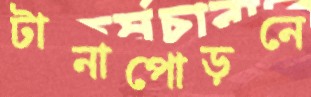
টানাপোড়নে